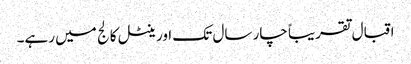
اقبال تقریباً چار سال تک اورینٹل کالج میں رہے۔